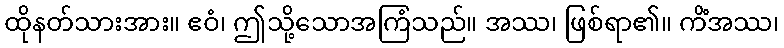
ထိုနတ်သားအား။ ဧဝံ၊ ဤသို့သောအကြံသည်။ အဿ၊ ဖြစ်ရာ၏။ ကိံအဿ၊